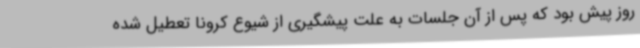
روز پیش بود که پس از آن جلسات به علت پیشگیری از شیوع کرونا تعطیل شده